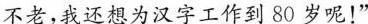
不老，我还想为汉字工作到80岁呢